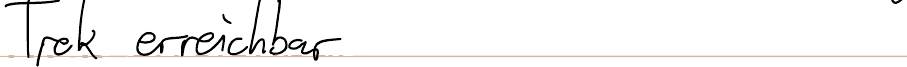
Trek erreichbar